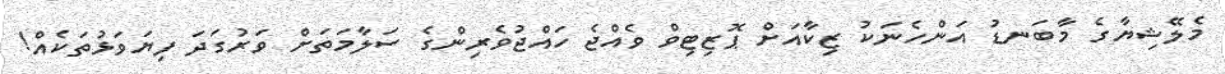
މެލޭޝިޔާގެ މާބަނޑު އަންހެނަކު ޒިކާއަށް ޕޮޒިޓިވް ވެއްޖެ ހައްޖުވެރިންގެ ސަލާމަތަށް ވަރުގަދަ ފިޔަވަޅުތަކެއް!